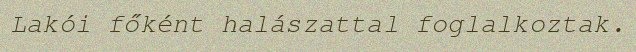
Lakói főként halászattal foglalkoztak.